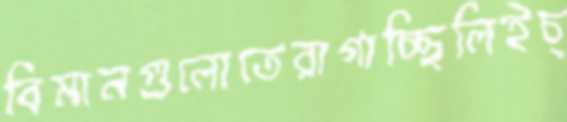
বিমানগুলোতেরাগাচ্ছিলিইচ্